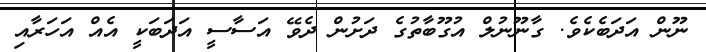
ނޫން އަދަބެކެވެ. ގާނޫނުލް އުގޫބާތުގެ ދަށުން ދެވޭ އަސާސީ އަދަބަކީ އެއް އަހަރާއި